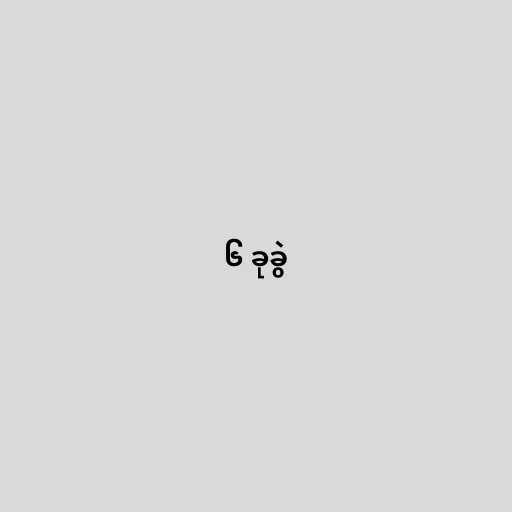
၆ ခုခွဲ